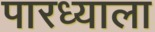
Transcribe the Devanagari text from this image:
पारध्याला